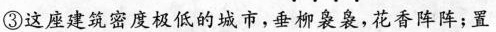
③这座建筑密度极低的城市，垂柳袅袅，花香阵阵；置